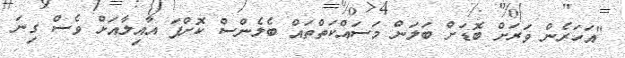
"އަހަރެން ވަރަށް ބޮޑަށް ބަލަން މަސައްކަތްތައް ބެލެންސް ކޮށްފަ އާއިލާއަށް ވެސް ގިނަ